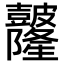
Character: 𥀼